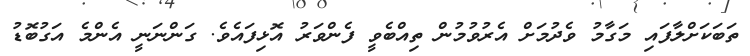
ތަބަކަށްލާފައި މަގާމު ވެދުމަށް އެރުވުމުން ތިއްބެވީ ފެންވަރު އޮޅިފައެވެ. ގަންނަނީ އެންމެ އަގުބޮޑު